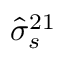
\hat { \sigma } _ { s } ^ { 2 1 }